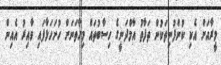
މީރާއަށް އެކި ކުންފުނިތަކުން ތަފާތު އާމްދަނީގެ ހިސާބުތައް މިހާތަނަށް ހުށަހަޅާފައި ވާއިރު އެއިން